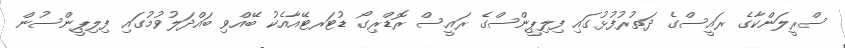
ސްރީލަންކާގެ ރައީސްގެ ދަތުރުފުޅުގައި ފިލިޕީންސްގެ ރައީސް ރޮޑްރިގޯ ޑުޓަރޓޭއާއެކު ބޭއްވި ބައްދަލުވުމުގައި ފިލިޕީންސުން